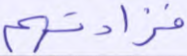
فزادتهم